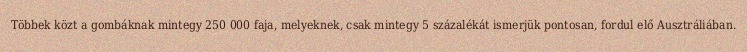
Többek közt a gombáknak mintegy 250 000 faja, melyeknek, csak mintegy 5 százalékát ismerjük pontosan, fordul elő Ausztráliában.